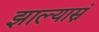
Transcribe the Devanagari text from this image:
झाल्यास्नं